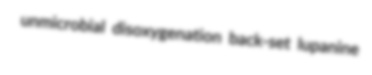
unmicrobial disoxygenation back-set lupanine